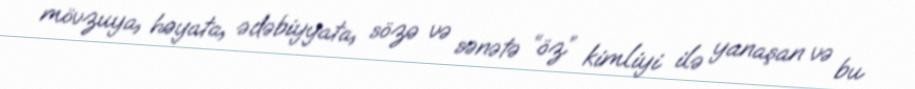
mövzuya, həyata, ədəbiyyata, sözə və sənətə “öz” kimliyi ilə yanaşan və bu